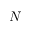
N